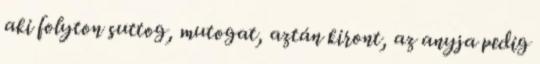
aki folyton suttog, mutogat, aztán kiront, az anyja pedig